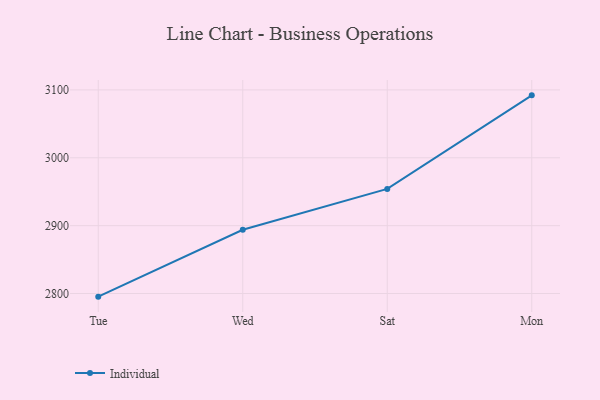
{"axis": {"x": "Day", "y": "Tickets Resolved"}, "legend": ["Individual"], "data": [{"x": "Tue", "y": 2795.4, "type": "Individual"}, {"x": "Wed", "y": 2893.9, "type": "Individual"}, {"x": "Sat", "y": 2954.1, "type": "Individual"}, {"x": "Mon", "y": 3092.0, "type": "Individual"}]}